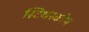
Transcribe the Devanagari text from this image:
स्टिथस्कोप